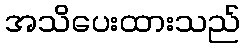
အသိပေးထားသည်